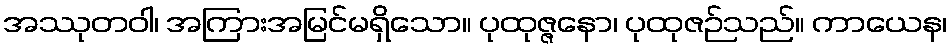
အဿုတဝါ၊ အကြားအမြင်မရှိသော။ ပုထုဇ္ဇနော၊ ပုထုဇဉ်သည်။ ကာယေန၊